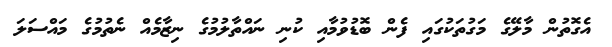
އެގޮތުން މާލޭގެ މަގުތަކުގައި ފެން ބޮޑުވުމާއި ކުނި ނައްތާލުމުގެ ނިޒާމެއް ނެތުމުގެ މައްސަލަ